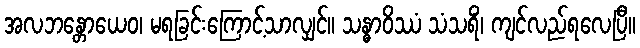
အလဘန္တောယေဝ၊ မရခြင်းကြောင့်သာလျှင်။ သန္ဓာဝိဿံ သံသရိံ၊ ကျင်လည်ရလေပြီ။